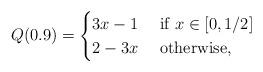
LaTeX: \begin{align*}Q(0.9) = \begin{cases}3x -1 & \mbox{ if } x\in [0,1/2]\\2-3x & \mbox{ otherwise},\end{cases}\end{align*}